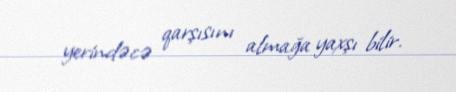
yerindəcə qarşısını almağa yaxşı bilir.